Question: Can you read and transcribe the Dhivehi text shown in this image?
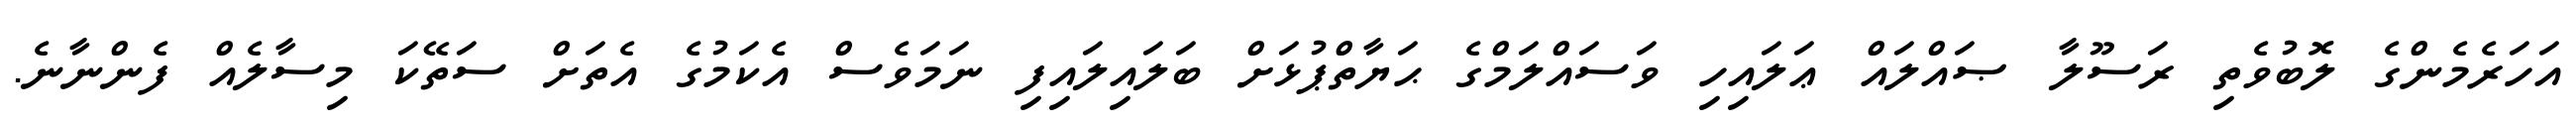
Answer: އަހަރެމެންގެ ލޮބުވެތި ރަސޫލާ ޞައްލައް ޢަލައިހި ވަސައްލަމްގެ ޙަޔާތްޕުޅަށް ބަލައިލައިފި ނަމަވެސް އެކަމުގެ އެތަށް ސަތޭކަ މިސާލެއް ފެންނާނެ.